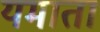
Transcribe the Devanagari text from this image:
यमाता